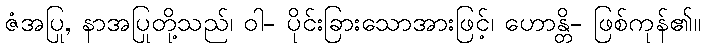
ဇံအပြု, နာအပြုတို့သည်၊ ဝါ- ပိုင်းခြားသောအားဖြင့်၊ ဟောန္တိ- ဖြစ်ကုန်၏။